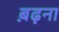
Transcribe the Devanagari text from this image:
ब़ढ़ना